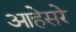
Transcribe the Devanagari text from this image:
आहेसरे